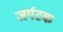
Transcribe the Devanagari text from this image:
जर्यटक